65_HS1-834228961_62-HQ-83894_Section_5
Agency: FBI
Page 91
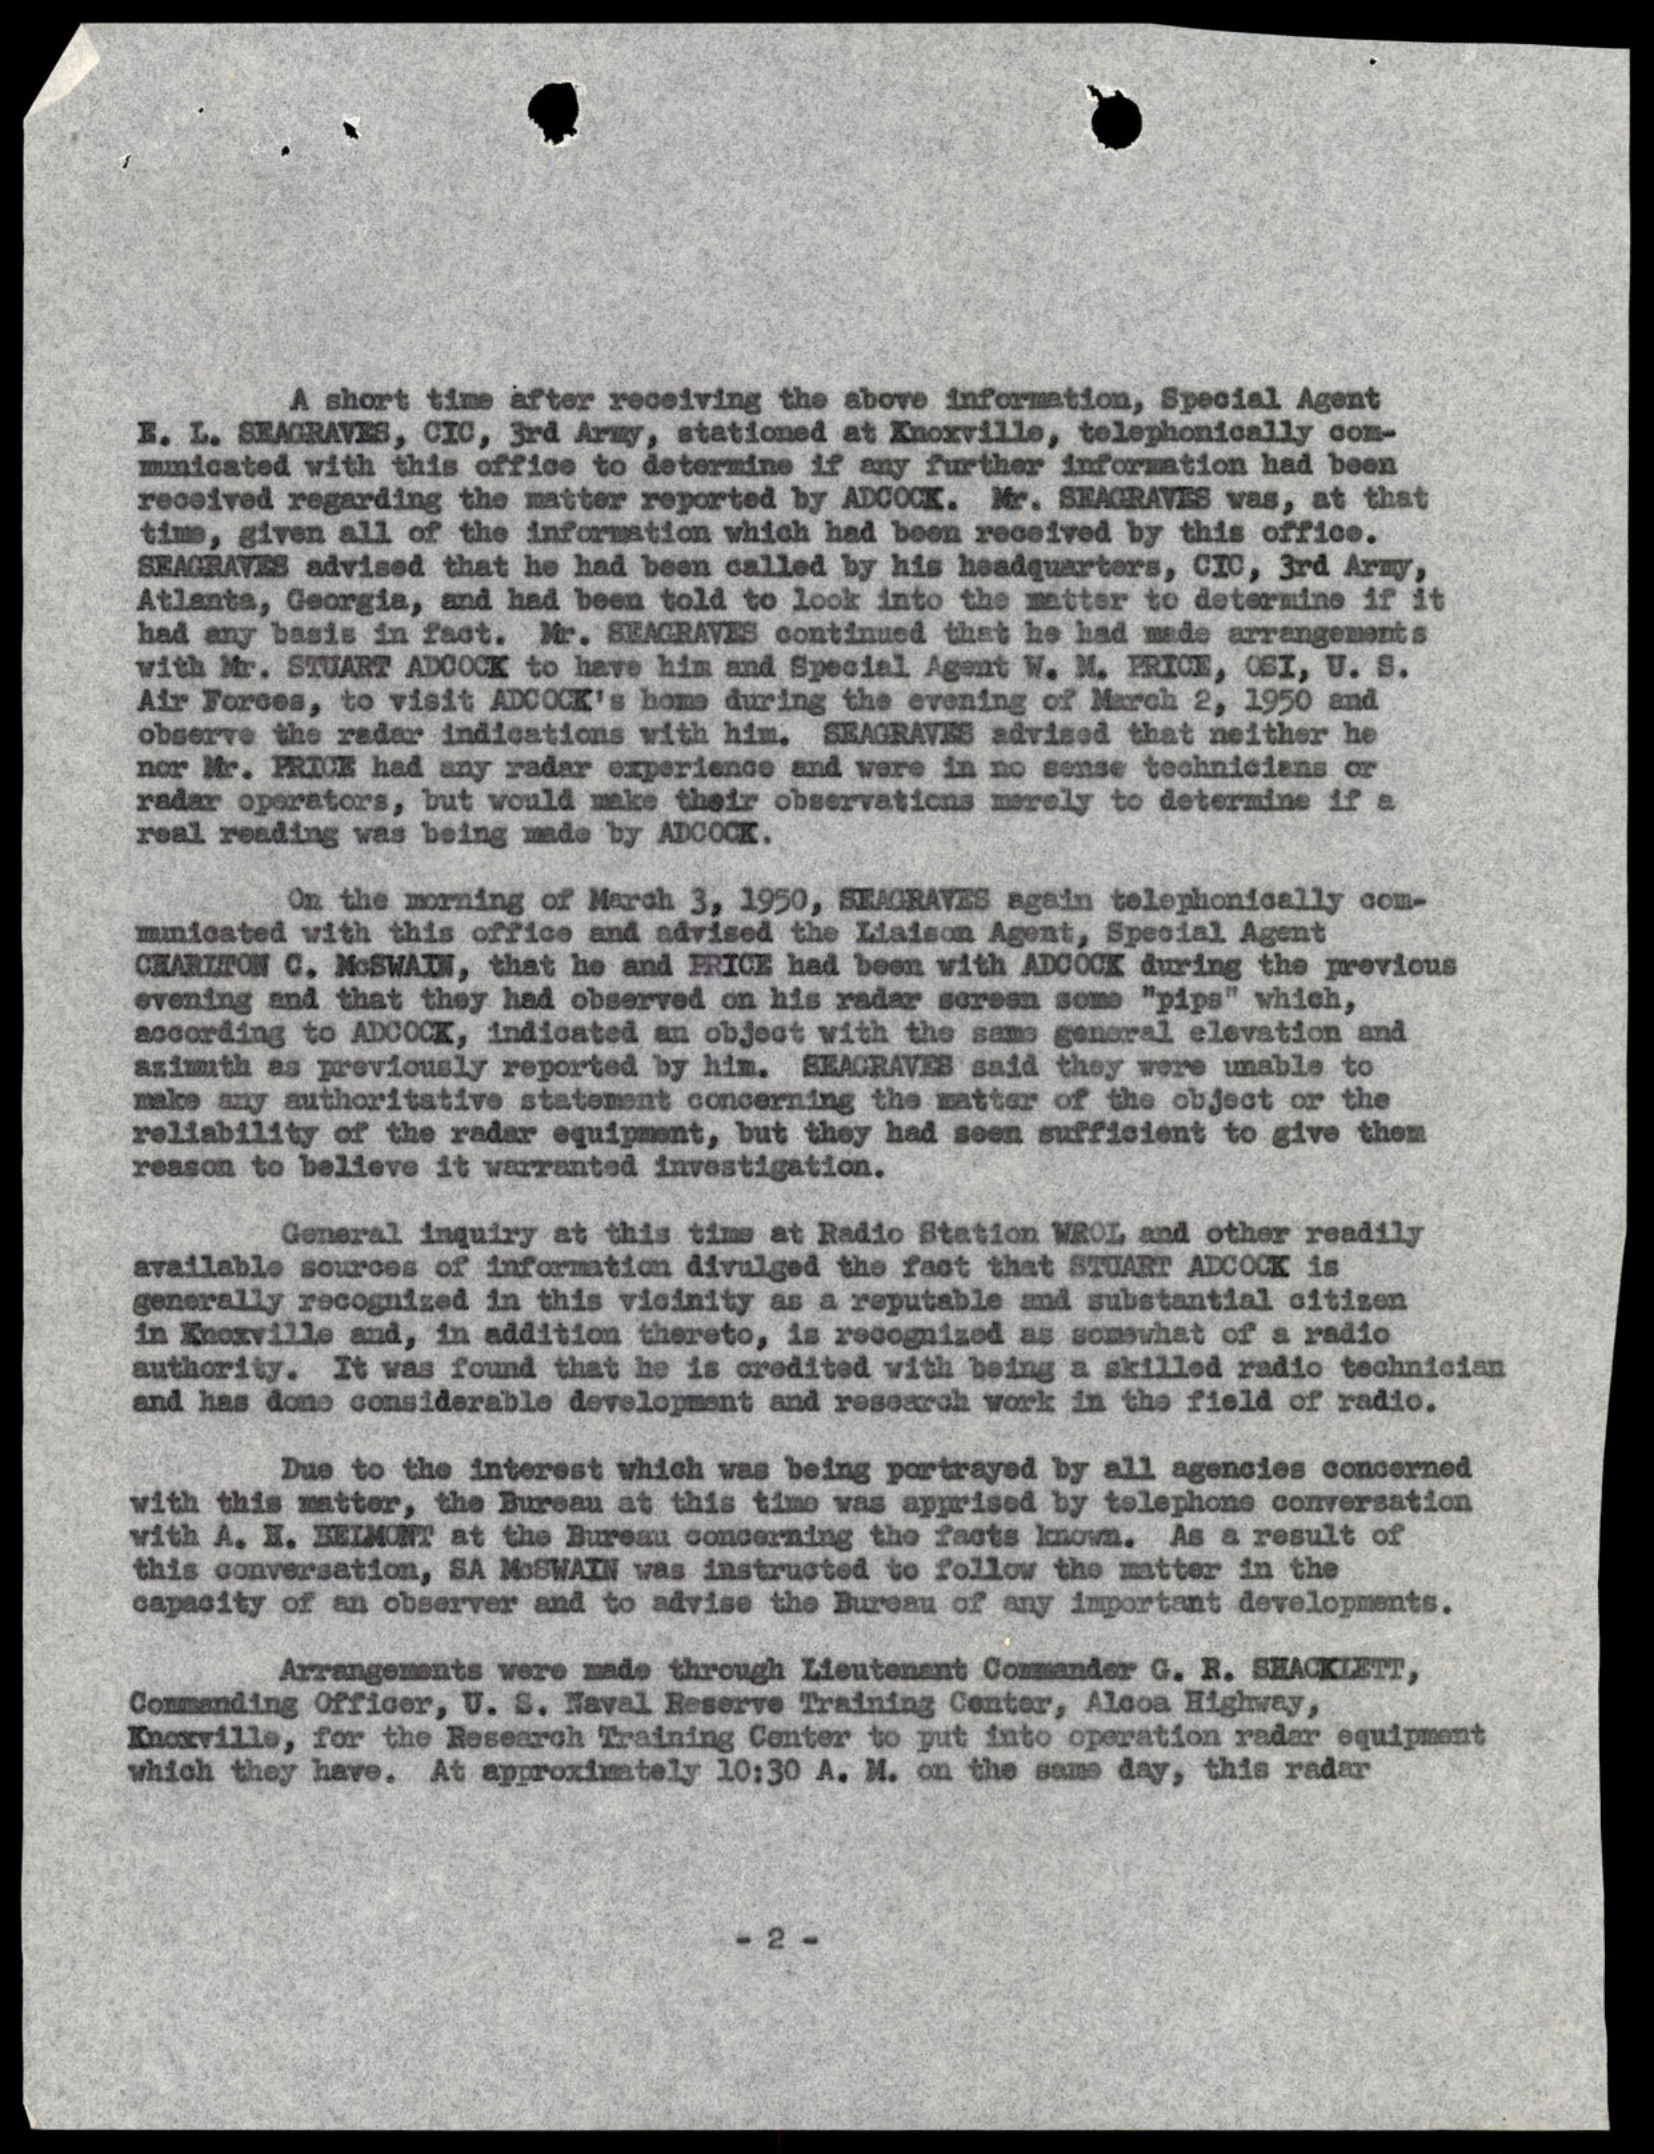